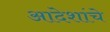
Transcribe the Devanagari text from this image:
आदेशांचे